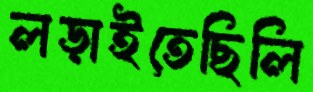
লড়াইতেছিলি